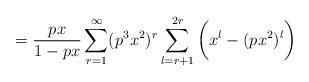
LaTeX: \begin{align*}=\frac{px}{1-px}\sum_{r = 1}^{\infty}(p^3x^2)^r\sum_{l=r+1}^{2r}\bigg(x^l - (px^2)^l\bigg)\end{align*}